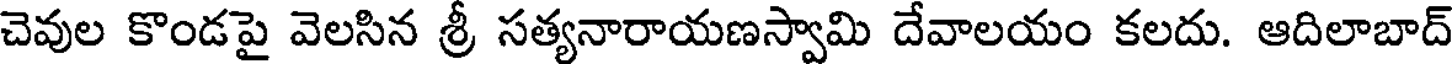
చెవుల కొండపై వెలసిన శ్రీ సత్యనారాయణస్వామి దేవాలయం కలదు. ఆదిలాబాద్